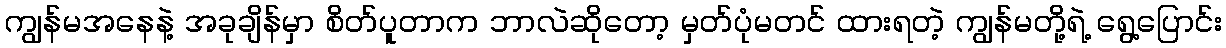
ကျွန်မအနေနဲ့ အခုချိန်မှာ စိတ်ပူတာက ဘာလဲဆိုတော့ မှတ်ပုံမတင် ထားရတဲ့ ကျွန်မတို့ရဲ့ ရွေ့ပြောင်း